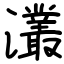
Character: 灇